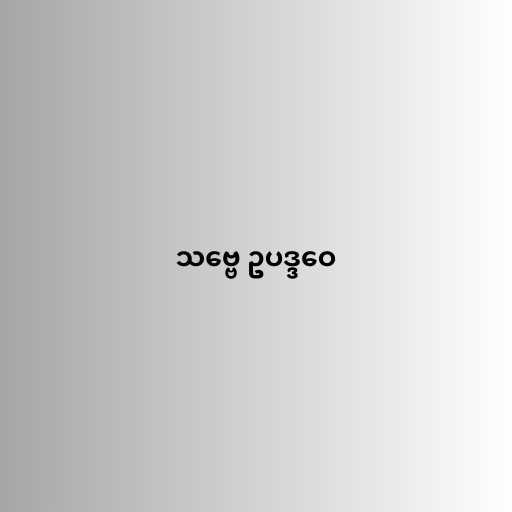
သဗ္ဗေ ဥပဒ္ဒဝေ